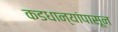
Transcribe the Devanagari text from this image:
कडधान्यांपासून